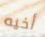
أخيه